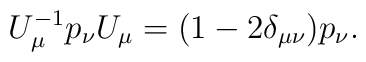
U_\mu^{-1}p_\nu U_\mu=(1-2\delta_{\mu\nu})p_\nu.